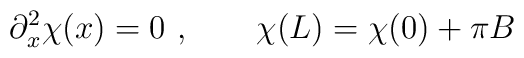
\partial_x^2\chi(x)=0 \ , \qquad \chi(L)= \chi(0)+ \pi B